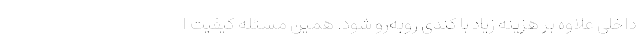
داخلی علاوه بر هزینه زیاد با کندی روبه‌رو شود. همین مسئله کیفیت ا